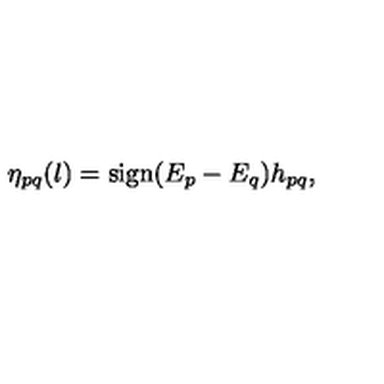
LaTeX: \eta _ { p q } ( l ) = \mathrm { s i g n } ( E _ { p } - E _ { q } ) h _ { p q } ,